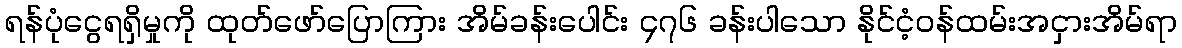
ရန်ပုံငွေရရှိမှုကို ထုတ်ဖော်ပြောကြား အိမ်ခန်းပေါင်း ၄၇၆ ခန်းပါသော နိုင်ငံ့ဝန်ထမ်းအငှားအိမ်ရာ